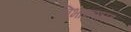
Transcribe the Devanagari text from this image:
विभाषाशास्त्र